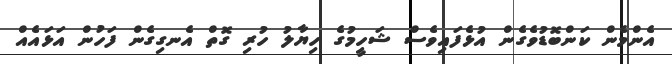
އެންމެން ކަންބޮޑުވެގެން އުޅެފައިވެސް ޝަހީމުގެ ހިޔާލު ހުރި ގޮތް އެނގިގެން ފަހުން އަޅައެއް